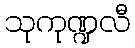
သုကုဏ္ဍလီ